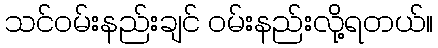
သင်ဝမ်းနည်းချင် ဝမ်းနည်းလို့ရတယ်။